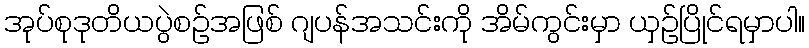
အုပ်စုဒုတိယပွဲစဉ်အဖြစ် ဂျပန်အသင်းကို အိမ်ကွင်းမှာ ယှဉ်ပြိုင်ရမှာပါ။